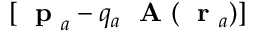
[ \mathrm { ~ \bf ~ p ~ } _ { a } - q _ { a } \mathrm { ~ \bf ~ A ~ } ( \mathrm { ~ \bf ~ r ~ } _ { a } ) ]